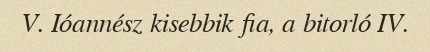
V. Ióannész kisebbik fia, a bitorló IV.